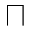
\sqcap